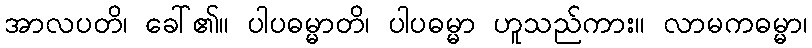
အာလပတိ၊ ခေါ်၏။ ပါပဓမ္မာတိ၊ ပါပဓမ္မာ ဟူသည်ကား။ လာမကဓမ္မာ၊